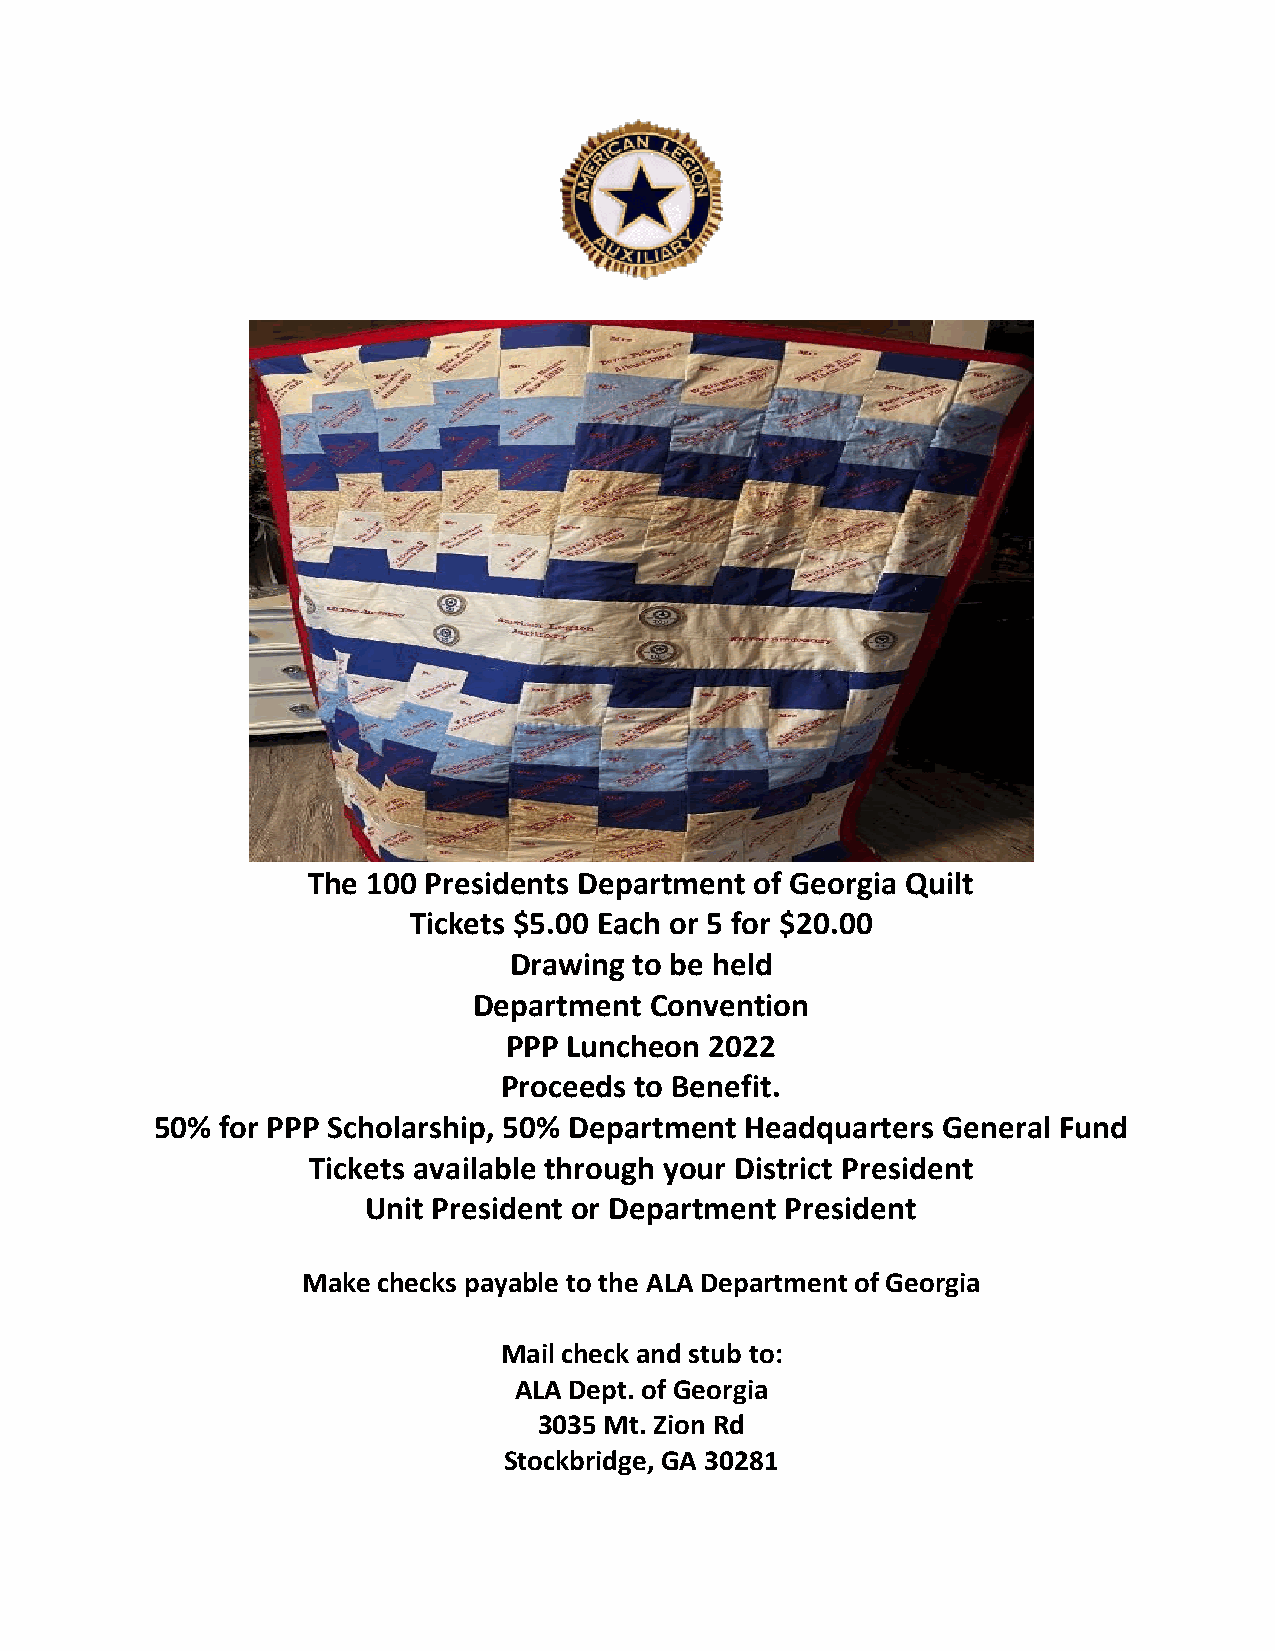
The 100 Presidents Department of Georgia Quilt
 Tickets $5.00 Each or 5 for $20.00
 Drawing to be held
 Department  Convention
 PPP Luncheon 2022
 Proceeds to Benefit.
 50%  for PPP Scholarship, 50% Department Headquarters General Fund
 Tickets available through your District President
 Unit President or Department President
 Make checks payable to the ALA Department of Georgia
 Mail check and stub to:
 ALA Dept. of Georgia
 3035 Mt. Zion Rd
 Stockbridge, GA 30281